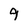
Character: 9